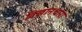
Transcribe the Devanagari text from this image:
विज्ञानधारा